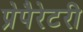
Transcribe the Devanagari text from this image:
प्रेपैरेटरी